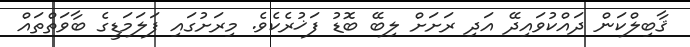
ޤާބިލްކަން ދައްކުވައިދޭ އަދި ރަށަށް ލިބޭ ބޮޑު ފަޚުރެކެވެ. މިރަށުގައި ފަލަމަޑީގެ ބާވަތްތައް